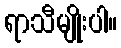
ရာသီမျိုးပါ။